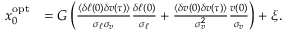
\begin{array} { r l } { x _ { 0 } ^ { \mathrm { o p t } } } & { = G \left( \frac { \langle \delta \ell ( 0 ) \delta v ( \tau ) \rangle } { \sigma _ { \ell } \sigma _ { v } } \frac { \delta \ell ( 0 ) } { \sigma _ { \ell } } + \frac { \langle \delta v ( 0 ) \delta v ( \tau ) \rangle } { \sigma _ { v } ^ { 2 } } \frac { v ( 0 ) } { \sigma _ { v } } \right) + \xi . } \end{array}